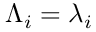
\Lambda _ { i } = \lambda _ { i }